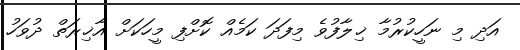
އަދި މި ނަހީކުރުމާ ޚިލާފުވެ މިފަދަ ކަމެއް ކޮށްފި މީހަކަށް އާޚިރަތް ދުވަހު